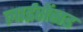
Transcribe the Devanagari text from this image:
लाईसेंसड